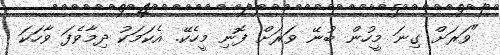
"ވަރަށް ގިނަ މީހުން ބުނޭ ވަރަށް ފޮނި މީހެކޭ. އެކަމަކު ދިމާވެފަ ވާހަކަ